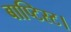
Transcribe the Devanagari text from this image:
बाप्टिस्ट।